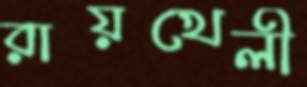
রায়খেলী